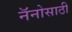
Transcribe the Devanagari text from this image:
नॅनोसाठी